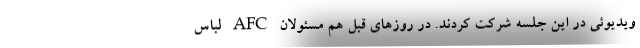
ویدیوئی در این جلسه شرکت کردند. در روزهای قبل هم مسئولان AFC لباس